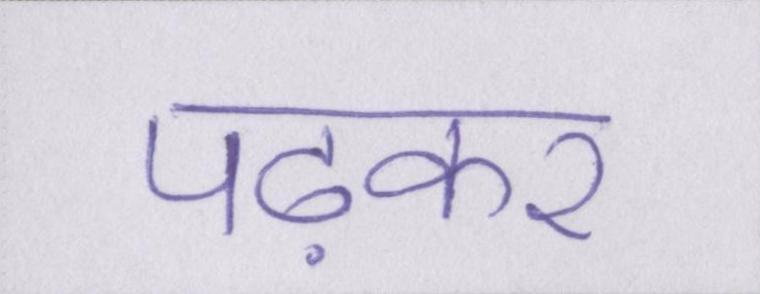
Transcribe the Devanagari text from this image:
पढ़कर